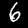
Label: 6